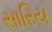
સારિય